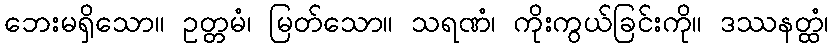
ဘေးမရှိသော။ ဥတ္တမံ၊ မြတ်သော။ သရဏံ၊ ကိုးကွယ်ခြင်းကို။ ဒဿနတ္ထံ၊